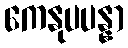
ကေနုပပန္နာ